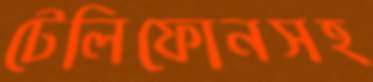
টেলিফোনসহ